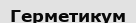
Герметикум